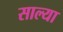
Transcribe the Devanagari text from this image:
साल्या